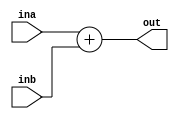
`timescale 1ns / 1ps
//////////////////////////////////////////////////////////////////////////////////
// Company: 
// Engineer: 
// 
// Design Name: 
// Module Name: adder
// Project Name: 
// Target Devices: 
// Tool Versions: 
// Description: 
// 
// Dependencies: 
// 
// Revision:
// Revision 0.01 - File Created
// Additional Comments:
// 
//////////////////////////////////////////////////////////////////////////////////


module adder(input [31:0] ina, inb, output reg [31:0] out);
   always@(ina, inb)
   begin
        out = ina + inb; 
   end                
endmodule